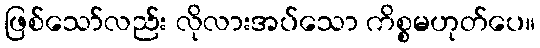
ဖြစ်သော်လည်း လိုလားအပ်သော ကိစ္စမဟုတ်ပေ။